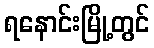
ရနောင်းမြို့တွင်